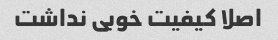
اصلا کیفیت خوبی نداشت